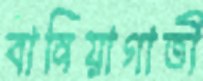
বানিয়াগাতী